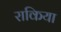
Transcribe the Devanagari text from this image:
राकिया